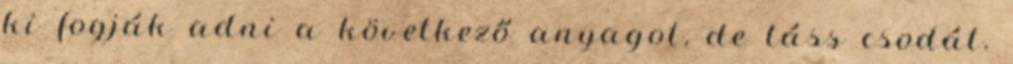
ki fogják adni a következő anyagot, de láss csodát.